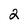
Character: 2